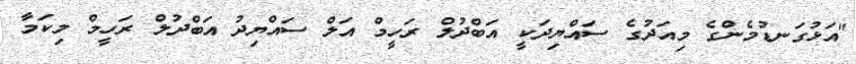
"އަޅުގަނޑުމެންގެ މިއަދުގެ ސައްޔިދަކީ އަބްދުލް ރަހީމް އަލް ސައްޔިދު އަބްދުލް ރަހީމް މިކަމާ